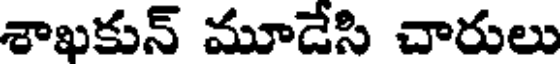
శాఖకున్ మూడేసి చారులు